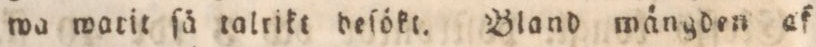
wa watit ſå talrikt deſökt. Bland wångden af